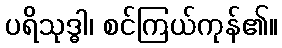
ပရိသုဒ္ဓါ၊ စင်ကြယ်ကုန်၏။